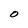
Character: 0